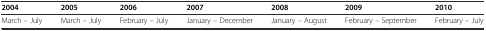
| 2004 | 2005 | 2006 | 2007 | 2008 | 2009 | 2010 |
 | --- | --- | --- | --- | --- | --- | --- |
 | March – July | March – July | February – July | January – December | January – August | February – September | February – July |